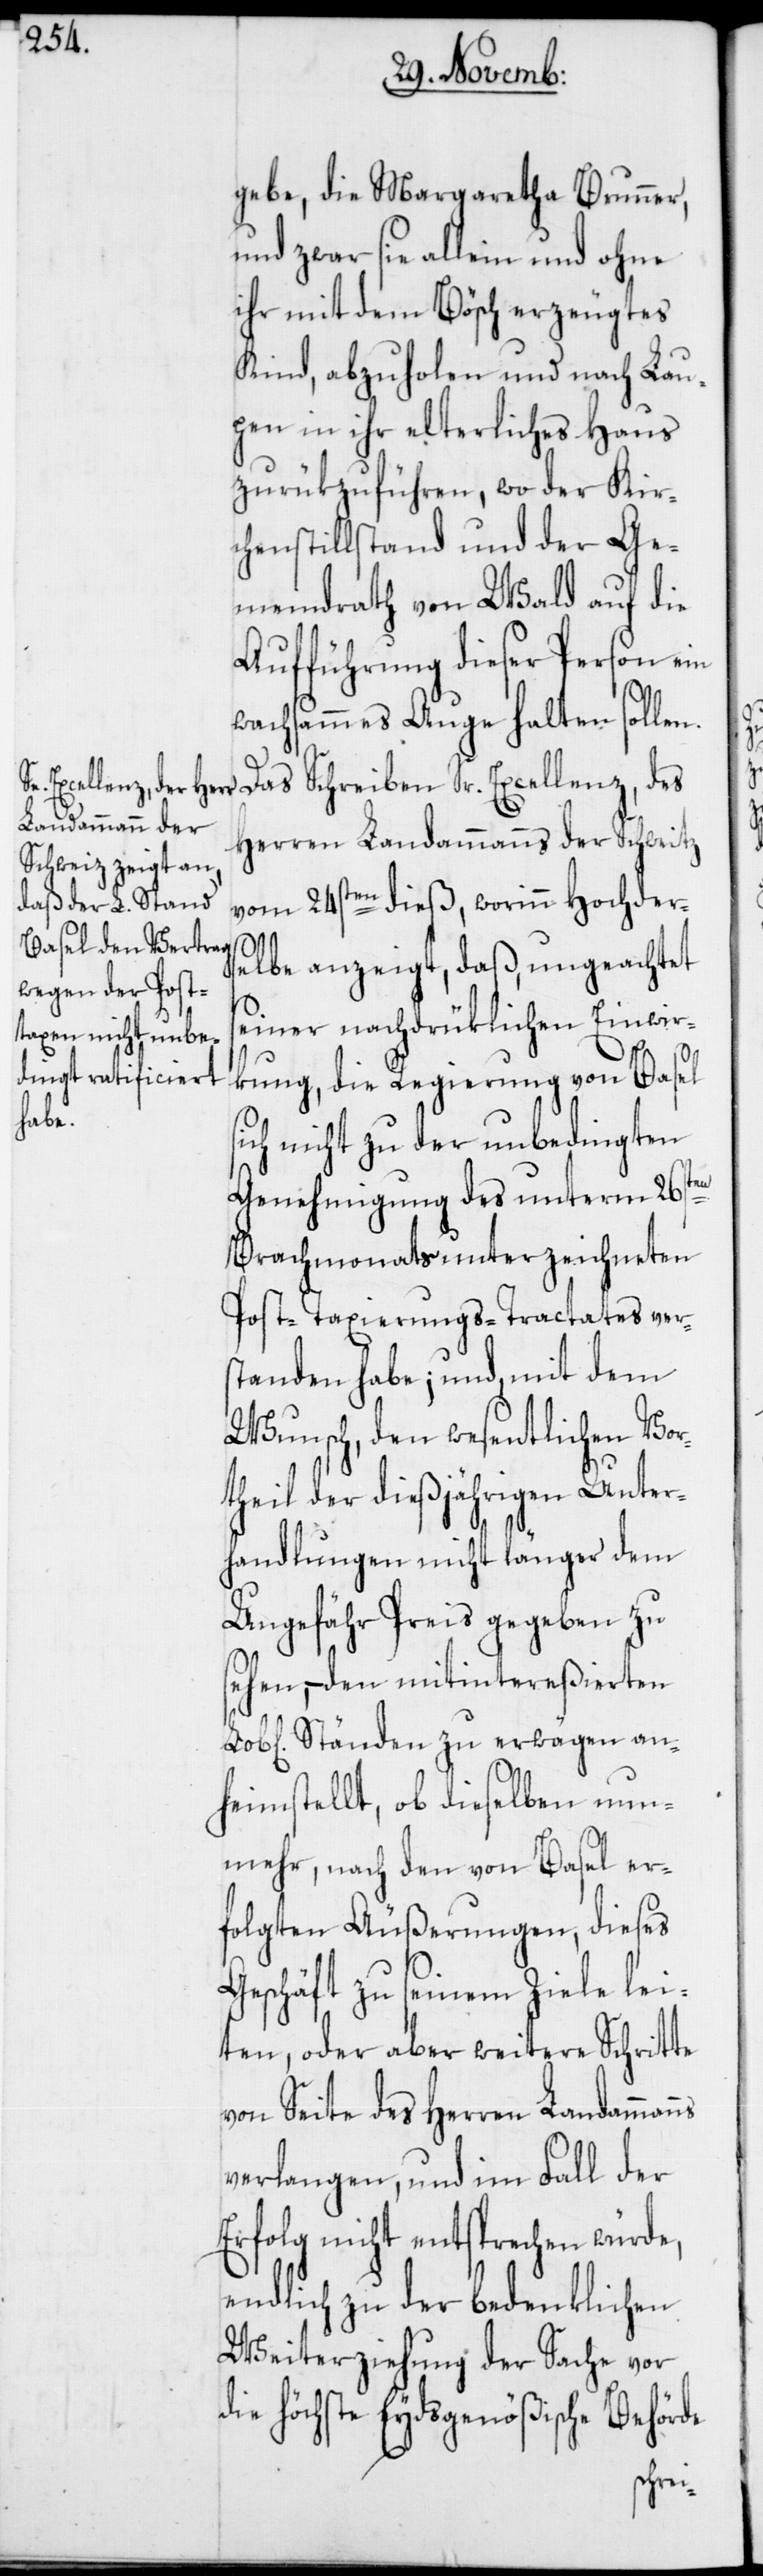
gebe, die Margaretha Brunner,
und zwar sie allein und ohne
ihr mit dem Bösch erzeugtes
Kind, abzuholen und nach Lau¬
pen in ihr elterliches Haus
zurükzuführen, wo der Kir¬
chenstillstand und der Ge¬
meindrath von Wald auf die
Aufführung dieser Person ein
wachsammes Auge halten sollen.
Das Schreiben Sr. Excellenz, des
Herren Landammanns der Schweitz
vom 24sten dieß, worinn Hochder¬
ns
elbe anzeigt, daß, ungeachtet
seiner nachdrüklichen Einwir¬
kung, die Regierung von Basel
ich nicht zu der unbedingten
Genehmigung des unterm 26sten
Brachmonats unterzeichneten
Post-Taxierungs-Tractates vers¬
tanden habe; und, mit dem
Wunsch, den wesentlichen Vor¬
theil der dießjährigen Unter¬
handlungen nicht länger dem
Ungefähr Preis gegeben zu
sehen, – den mitintereßierten
Ständen zu erwägen an¬
heimstellt, ob dieselben nun¬
mehr, nach den von Basel er¬
folgten Äußerungen, dieses
Geschäft zu seinem Ziele lei¬
ten, oder aber weitere Schritte
von Seite des Herren Landamman¬
verlangen, und im Fall der
Erfolg nicht entsprechen würde,
endlich zu der bedenklichen
Weiterziehung der Sache vor
die höchste Eydsgenößische Behörde